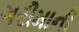
ગરીમાની